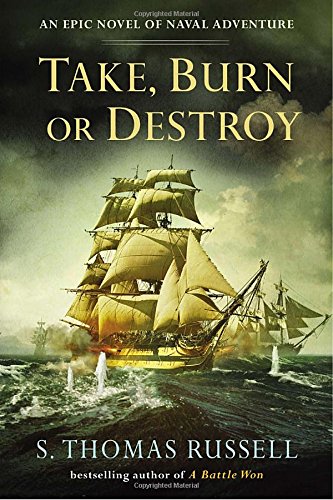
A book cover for Take, Burn or Destroy (A Charles Hayden Novel); S. Thomas Russell; Literature & Fiction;